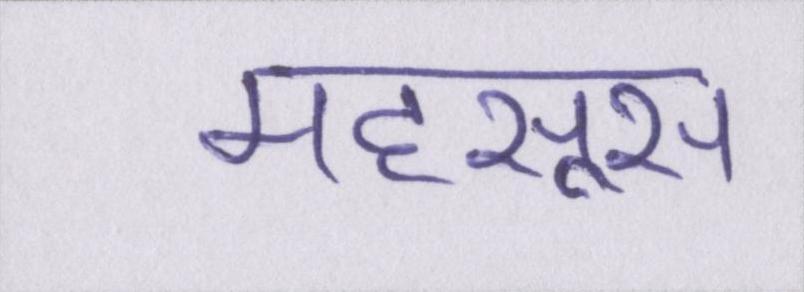
महसूस